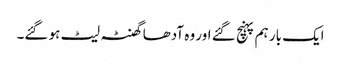
ایک بار ہم پہنچ گئے اور وہ آدھا گھنٹہ لیٹ ہو گئے۔